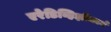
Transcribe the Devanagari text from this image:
एरेडिव्हिझीमध्ये